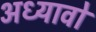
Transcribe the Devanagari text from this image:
अध्यावो